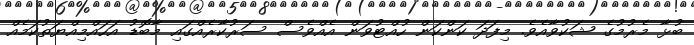
ބުޅާ މެރުމުގެ ޝަކުވާއެވެ. މިފަދަ ކަންކަން ހުއްޓުވަން އެއްވެސް ސަރުކާރެއްގައި މާބޮޑު އަހައްމިއްޔަތުކަމެއް